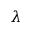
\lambda